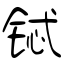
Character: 铽